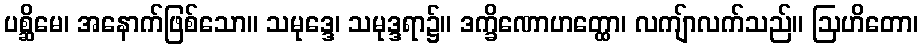
ပစ္ဆိမေ၊ အနောက်ဖြစ်သော။ သမုဒ္ဒေ၊ သမုဒ္ဒရာ၌။ ဒက္ခိဏောဟတ္ထော၊ လကျ်ာလက်သည်။ ဩဟိတော၊